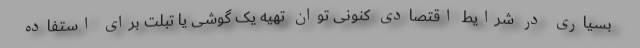
بسیاری در شرایط اقتصادی کنونی توان تهیه یک گوشی یا تبلت برای استفاده